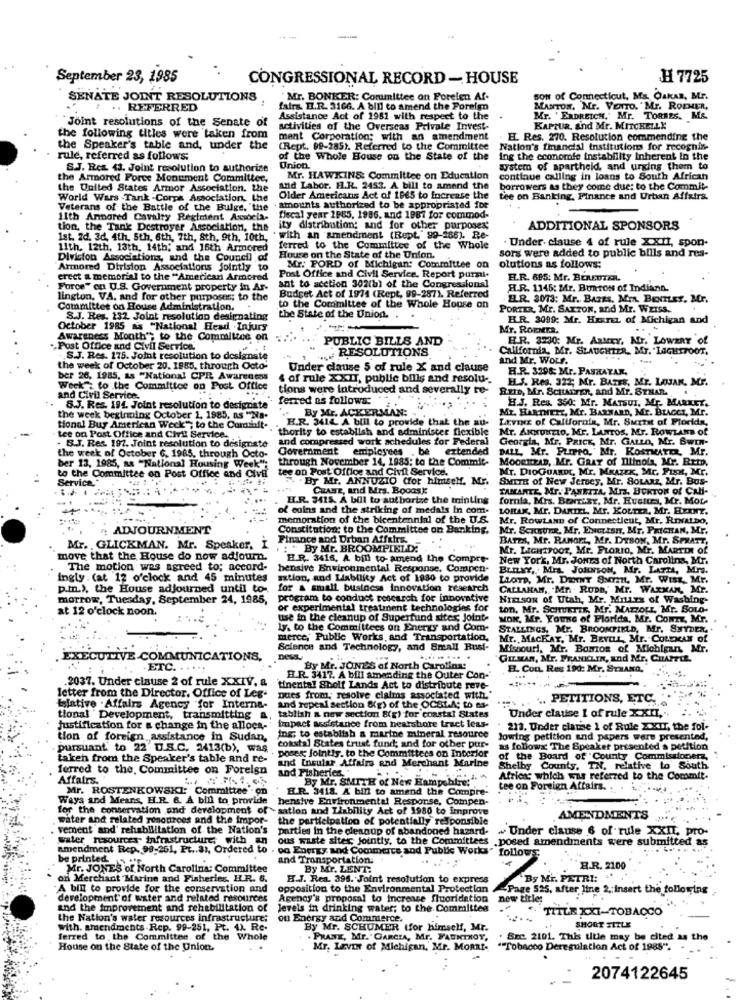
September 23, 1985
CONGRESSIONAL RECORD - HOUSE
H 7725
SENATE JOINT RESOLUTIONS
Mr. BONKER: Committee on Foreign Af.
SON of Connecticut, Ma. OsKAS, Mr.
# .. REFERRED
fairs. E.R. 3166. A bill to amend the Foreign
MANTON, Mr. VENTO. "Mr. RODHIER,
Joint resolutions of the Senate of
Assistance Act of 1951 with respect to the
Mr. 'ERDREICH,' Mr. TORRES. MS.
activities of the Overseas Private Invest-
KAPTUR, And Mr. MITCHELLX
the following titles were taken from
ment Corporation; with an amendment
EL. Res. 270. Resolution commending the
the Speaker's table and, under the
(Rept. 99-285). Referred to the Committee
Nation's financial institutions for recogniz-
rule, referred as follows:
of the Whole House on the State of the
Ing the economfe instability inherent in the
S.J. Res. 43. Joint resolution to authorize
Union
system of apartheld, and urging them to
the Armored Force Monument Committee,
Mr. HAWKINS: Committee on Education
continue calling in loans to South African
the United States Armor Association. the
and Labor. H.R. 2453. A bill to amend the
borrowers as they come due: to the Commit-
World Wars Tank .Corps Association. the
Older Americans Act of 1965 to Increase the
tee on Banking, Finance and Urban Affairs.
Veterans of the Battle of the Bulge. "the . amounts authorized to be appropriated for
Veterans of the Battle of the Bulge. "the
11th Anpored Cavalry Regiment Axsocla-
fiscal year 1985, 1986, and 1987 for commod-
tion, the Tank Destroyer Association, the
ity distribution; and for other purposes;
ADDITIONAL SPONSORS
Ist. 2d, 3d, 4th, 5th, 6th, 7th, Sth, 9th, 10th,
with an amendment (Rept." 99-286). Re-
. Under. clause 4 of rule XXII, spon-
11th, 12th, 13th, 14th, and 16th Armored
ferred to the Committee of the Whole
sors were added to public bills and res-
Division Associations, and the Council of
House on the State of the Union.
Armored Division Associations jointly to
Mr. PORD of Michigan: Committee on
olutions as follows:
erect a memorial to the "American Armored
Post Office and Civil Service. Report purmi-
E.R. 695: Mr. BEREUTER.
Force" on U.S. Government property in Ar-
ant to scetion 302(b) of the Congressional
H.R. 1145: Mr. Bunton of Indiann.
lington, VA. and for other purposes; to the
Budget Act of 1974 (Rept, 99-287). Referred
ELR. 3073: Mr. Bazts, Men. BENTLEY, Mr.
Committee on House Administration.
to the Committee of the Whole House on
PORTER, Mr. SAXTON, and Mr. WEISS.
S.J. Res. 132 Joint resolution designating
the State of the Union. .
BR. 3099: Mr. HExrEL of Michigan and
October 1985 as "National Head Injury
Mr. ROEMER.
Awareness Month's to the Committee on
PUBLIC BILLS AND
ER. 3230: Mr. Aaurey, Mr. LowaRY of
.Post Office and Civil Service.
... RESOLUTIONS
California, Mr. SLAUGHTER, Mr. "LAGHSTOOT,
.S.J. Res. 175. Joint resolution to deslanste
and Mr. Wour.
the week of October 20. 1955, through Octo-
Under clause 5 of rule X and clause
H.R. 3298; Mr. PAURATAK.
ber 26, 1985, as "National CPR Awarecmoss
4 of rule XXII, public bills and resolu -.
HL.S. Res. 322; Mr. BATES, Mr. LOJAK, Mr.
Week : to the Committee on Post Office
tions were introduced and severally re-
REID, Mr. ScttADren, and Mr. STHAR.
and Civil Service.
ferred as follows:
H.J. Res. 350: Mr. MATSUI, Mr. MARKET.
S.J. Res. 194. Joint resolution to designate
By Mr. ACKERMAN:
Mr. Hannierz, Mr. BARNARD, Mr. BLAGCI, Mr.
the week beginning October 1, 1985, as "Na-
H.R. 3414 A bill to provide that the au-
Livin of California, Mr. Surtit of Florida,
tional Buy American Weck" to the Commit-
thority to establish and administer flexible
Mr. ANNUNTIO, ME. LANTOS, Mr. ROWLAND of
tee on Post Office and Civil Service.
. B.J. Res. 197. Joint resolution to designate
and compressed work schedules for Federal
Georgia, Mr. PRICE, Mr. GALLO, Mr. BWIN-
Government employees . be
extended
DALL, Mr. PurFra,' Mr. KOSTMATER, Mr.
ber 13, 1985, as "National Housing Week":
the week of October 6. 1985, through Octo-
through November 14, 1985: to the Commit-
MOORHEAD, Mr. GRAY of Illinois, Mr. RttD.
to the Committee on Post Office and Civil tee on Post Office and Civil Service.
Mr. DIOGUARDI, MI. MRAZEK, Mr. FISH, Mr.
Service,
7 .By Mr. ANNUZIO (for himself. Mr.
SMITH of New Jersey, Mr. SoLANz, Mr. Bus-
CRABE, and Mrs. Bocas]:
TAMAMTE, Mr. PANETTA, MIz. BCKTON Of CAN-
I.R. 3415. A bill to authorize the tinting
fornia, Mrs. Borisr, Mr. Hustua, Mr. Mot-
of coins and the striking of medals In com.
LOHAK, Mr. DANIEL, Mr. KOLTER, Mr. HEINZ.
memoration of the bicentennial of the U.S.
Mr. RowLann of Connecticut, Mr. RrNatDo,
ADJOURNMENT
Constitution: to the Committee on Banking.
Mr. Scustre, Mr. ENGLISH, Mr. PRICHAN, Mr.
Finance and Drban Affairs,
BATEA, Mr. RANGEL, Mr. DYSON, Mr. SPRATT,
Mr. . GLICKMAN. Mr. Speaker, I
: By Mr. BROOMPIELDY:
Mr. LIGHTFOOT, Mr. FLORIO, Mr. MARTINE Of
move that the House do now adjourn.
H.R. 3416, A bill to-amend the Compre-
New York, Mr. Jones of North Carolina, Mr.
The motion was agreed to; accord-
hensive Environmental Response, Compen-
BinxY, . Mrs. JOHNSON, Mr. LATTA, Mrs.
ingly . (at 12 o'clock and 45 minutes
sation, and Liability Act of 1980 to provide
LLOYD, Mr. DENINT Sum, Mr. WIss, Mr.
p.In.), the House adjourned until to-
p.In.), the House adjourned until to- for a small business Innovation research
for & small business Innovation research
CALLAHAN, "Mr. RUDE," Mr. WARKAN, Mr.
morrow, Tuesday, September 24, 1985,
program to conduct research for innovative
NIELSON of Utah, Mr. MitLes of Washing-
at 12 o'clock noon.
or experimental treatment technologies for
ton, Mr. ScHETIs, Mr. MARZOLE, Mr. SOLO-
use in the cleanup of Superfund sites; Joint-
MOK, Mr. Youne of Florida, Mr. Comz, Mr.
ly. to the Committees on Energy and Com-
STALLINGS, Mr. BROOMFIELD, Mr. SNYDER,
merce, Public Works and Transportation,
Mr. MACKAY, Mr. BEVILL, Mr. COLEMAN of
Science and Technology, and Small Rust-
Missouri, Mr. Bamos of Michigan, Mr.
EXECUTIVE COMMUNICATIONS,
GUMAn, Mr. FRANKLIN, and Mr. CHAPTER
ETC.
By Mr. JONES of North Carolina:
EL. Con. Res 190: Mr. STRANO.
2037. Under clause 2 of rule XXIV, a
H.R. 3417. A bill amending the Outer Con-
tinental Sbolf Lands Act to distribute reve-
letter from the Director. Office of Leg-
Dues from, resolve claims associated with.
.. PETITIONS, ETC.
Elative . Affairs Agency "for Interna-
and repeal section &g) of the OCSIA; to es-
OCSLA DO CT-
Under clause I of rule XXII,
tional Development, transmitting a
tablish a new section 8(g) for coastal States
Justification for a change in the allocs-
impact assistance from nearshore tract less-
213. Under clause 1 of Rule XXII, the fol.
tion of foreign assistance in Sudan,
Ing; to establish a marine mineral resource
lowing petition and papers were presented,
pursuant to 22 D.S.C. 2413(b), was
coastal States trust fund; and for other pur-
as follows The Speaker presented a petition
taken from the Speaker's table and re-
poses; Jointis. to the Committees on Interior
and Insular Affairs and Merchant Marine
of the Board of County Commissionerz,
ferred to the, Committee on Foreign
and Fisheries
Shelby County, TH, relative to South
Affairs.
By Mr. SMITH of New Hampshire:""
Africa: which was referred to the Commit.
Mr. ROSTENKOWSKI: Committee . on
E.R. 3418. A bin to amend the Compre-
tee on Foreign Affairs. .
Ways and Means, H.R. &. A bill to provide hensive Environmentel Response, Compen-
for the conservation and development of sation and Liability Act of 1980 to Improve
water and related resources and the impor-
the participation of potentially responsible
AMENDMENTS
vement and' rehabilitation of the Nation's
parties in the cleanup of abandoned hazard- ~ Under clause 6 of rule XXIL pro-
water resources infrastructure, with an
ous waste sites, jointly, to the Committees .posed amendments were submitted as
amendment Rep. 99-261, Pt .. 3), Ordered to . on Energy and Commerce and Public Wor
follows
be printed
and Transportation.
Mr. JONES of North Carolina: Committee
By Mr. ZENT:
B.R. 2100
on Merchant Marine and Fisheries. H.R. 6.
H.J. Res. 396. Joint resolution to express
By Mr. PETRI: "
A bill to provide for the conservation and
opposition to the Environmental Protection
-Page 525, after line 2 .; insert the following
development of water and related resources
Agency's proposal to increase fluoridation
new title;
and the improvement and rehabilitation of
levels in drinking water; to the Committee
TIILE XXI-TOBACCO
the Nation's water resources infrastructure;
on Energy and Commerce.
with. amendments -Rep. 99-251, Pt. 4), Re-
By Mr. SCHUMER (for himself, Mr.
SHORT TITLE
ferred to the Committee, of the Whole
. PRANK, Mr. " GARCIA, Mr. FAUNTHOY,
Brc. 2101. This title may be cited as the
House on the State of the Union.
Mr. Livor of Michigan, Mr. MORRI.
""Tobacco Deregulation Act of 1985".
2074122645